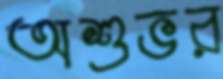
অশুভর